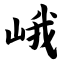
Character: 峨